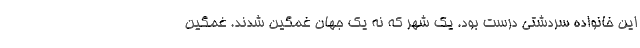
این خانواده سردشتی درست بود. یک شهر که نه یک جهان غمگین شدند. غمگین